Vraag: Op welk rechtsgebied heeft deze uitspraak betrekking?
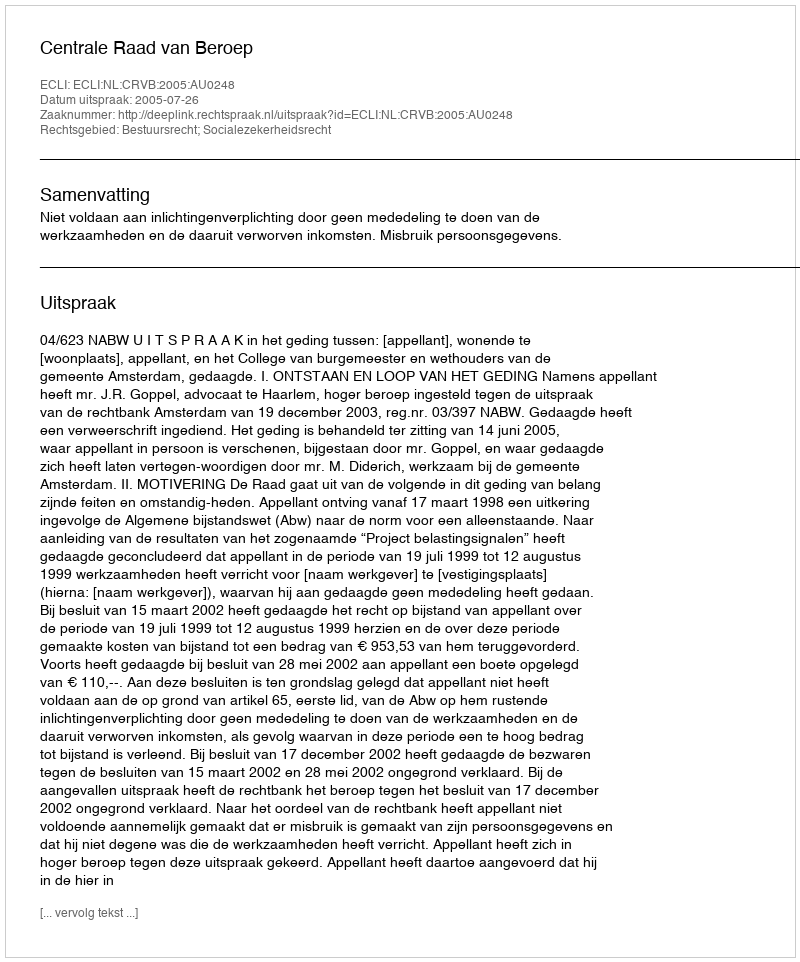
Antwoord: Bestuursrecht; Socialezekerheidsrecht